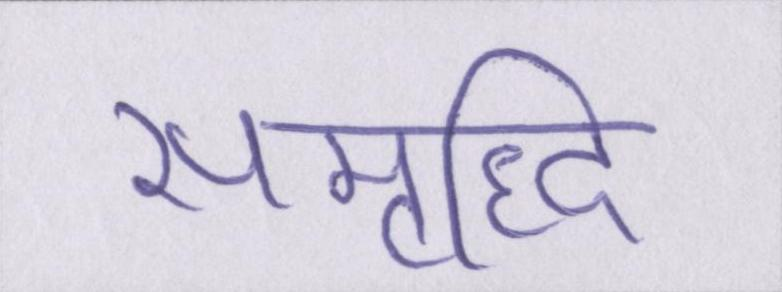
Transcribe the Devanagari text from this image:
समृध्दि